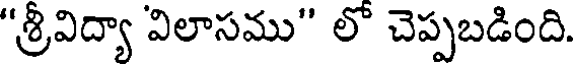
"శ్రీవిద్యా విలాసము" లో చెప్పబడింది.